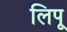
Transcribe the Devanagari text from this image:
लिपू